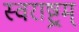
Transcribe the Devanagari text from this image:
स्वराष्ट्रम्‌